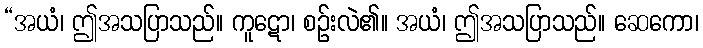
“အယံ၊ ဤအသပြာသည်။ ကူဋော၊ စဉ်းလဲ၏။ အယံ၊ ဤအသပြာသည်။ ဆေကော၊